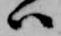
ハ